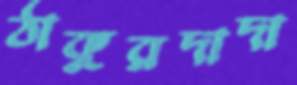
ঠাকুরদাদা